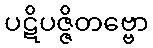
ပဋိပဇ္ဇိတဗ္ဗော